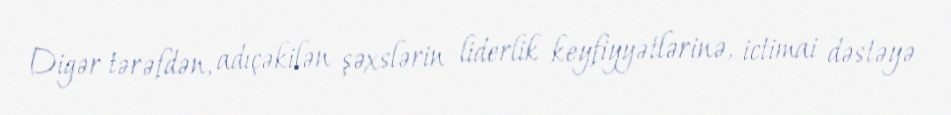
Digər tərəfdən, adıçəkilən şəxslərin liderlik keyfiyyətlərinə, ictimai dəstəyə